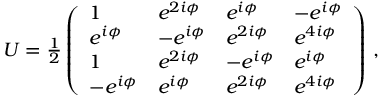
\begin{array} { r } { U = \frac { 1 } { 2 } \left( \begin{array} { l l l l } { 1 } & { e ^ { 2 i \phi } } & { e ^ { i \phi } } & { - e ^ { i \phi } } \\ { e ^ { i \phi } } & { - e ^ { i \phi } } & { e ^ { 2 i \phi } } & { e ^ { 4 i \phi } } \\ { 1 } & { e ^ { 2 i \phi } } & { - e ^ { i \phi } } & { e ^ { i \phi } } \\ { - e ^ { i \phi } } & { e ^ { i \phi } } & { e ^ { 2 i \phi } } & { e ^ { 4 i \phi } } \end{array} \right) \, , } \end{array}